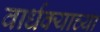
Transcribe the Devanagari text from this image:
वार्धक्याच्या